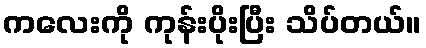
ကလေးကို ကုန်းပိုးပြီး သိပ်တယ်။